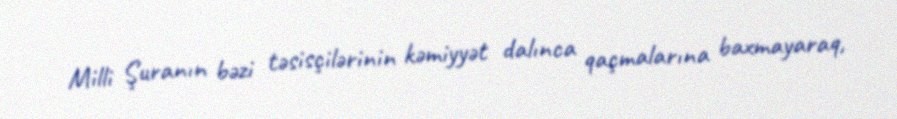
Milli Şuranın bəzi təsisçilərinin kəmiyyət dalınca qaçmalarına baxmayaraq,